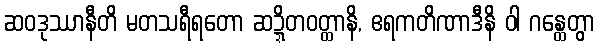
ဆဝဒုဿာနီတိ မတသရီရတော ဆဍ္ဍိတဝတ္ထာနိ, ဧရကတိဏာဒီနိ ဝါ ဂန္ထေတွာ